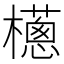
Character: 𣞷